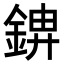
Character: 𮢋